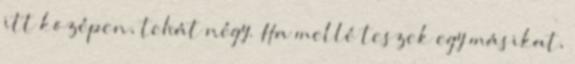
itt középen, tehát négy. Ha mellé teszek egy másikat,